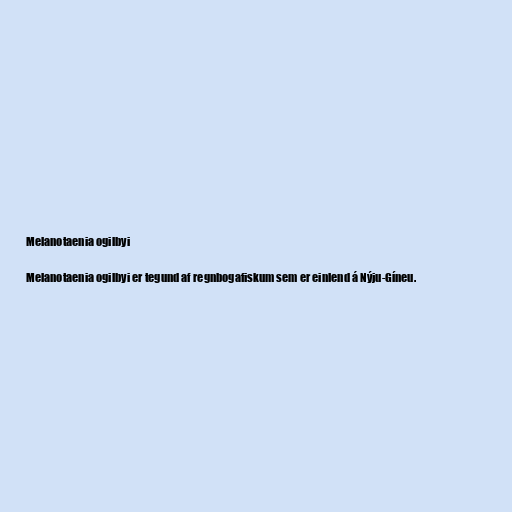
Melanotaenia ogilbyi

Melanotaenia ogilbyi er tegund af regnbogafiskum sem er einlend á Nýju-Gíneu.